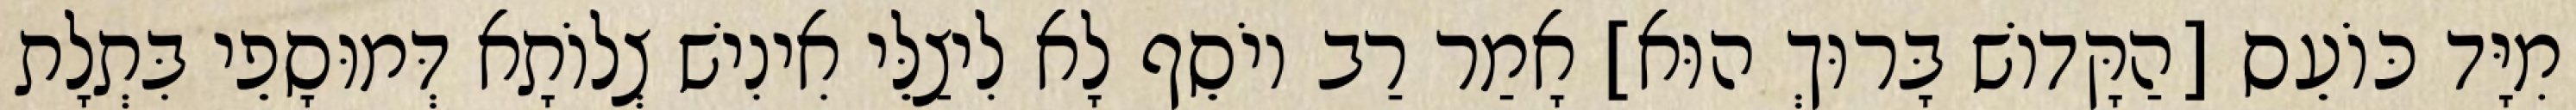
מִיָּד כּוֹעֵס [הַקָּדוֹשׁ בָּרוּךְ הוּא] אָמַר רַב יוֹסֵף לָא לִיצַלֵּי אִינִישׁ צְלוֹתָא דְּמוּסָפֵי בִּתְלָת